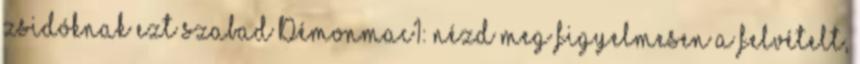
zsidóknak ezt szabad Démonmac1: nézd meg figyelmesen a felvételt,